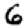
Digit: 6